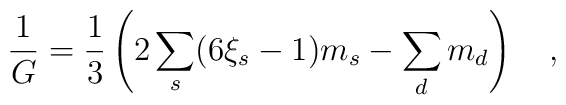
{1 \over G}=\frac 13 \left(2\sum_s(6\xi_s-1)m_s-\sum_d m_d\right)~~~,